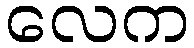
လေက